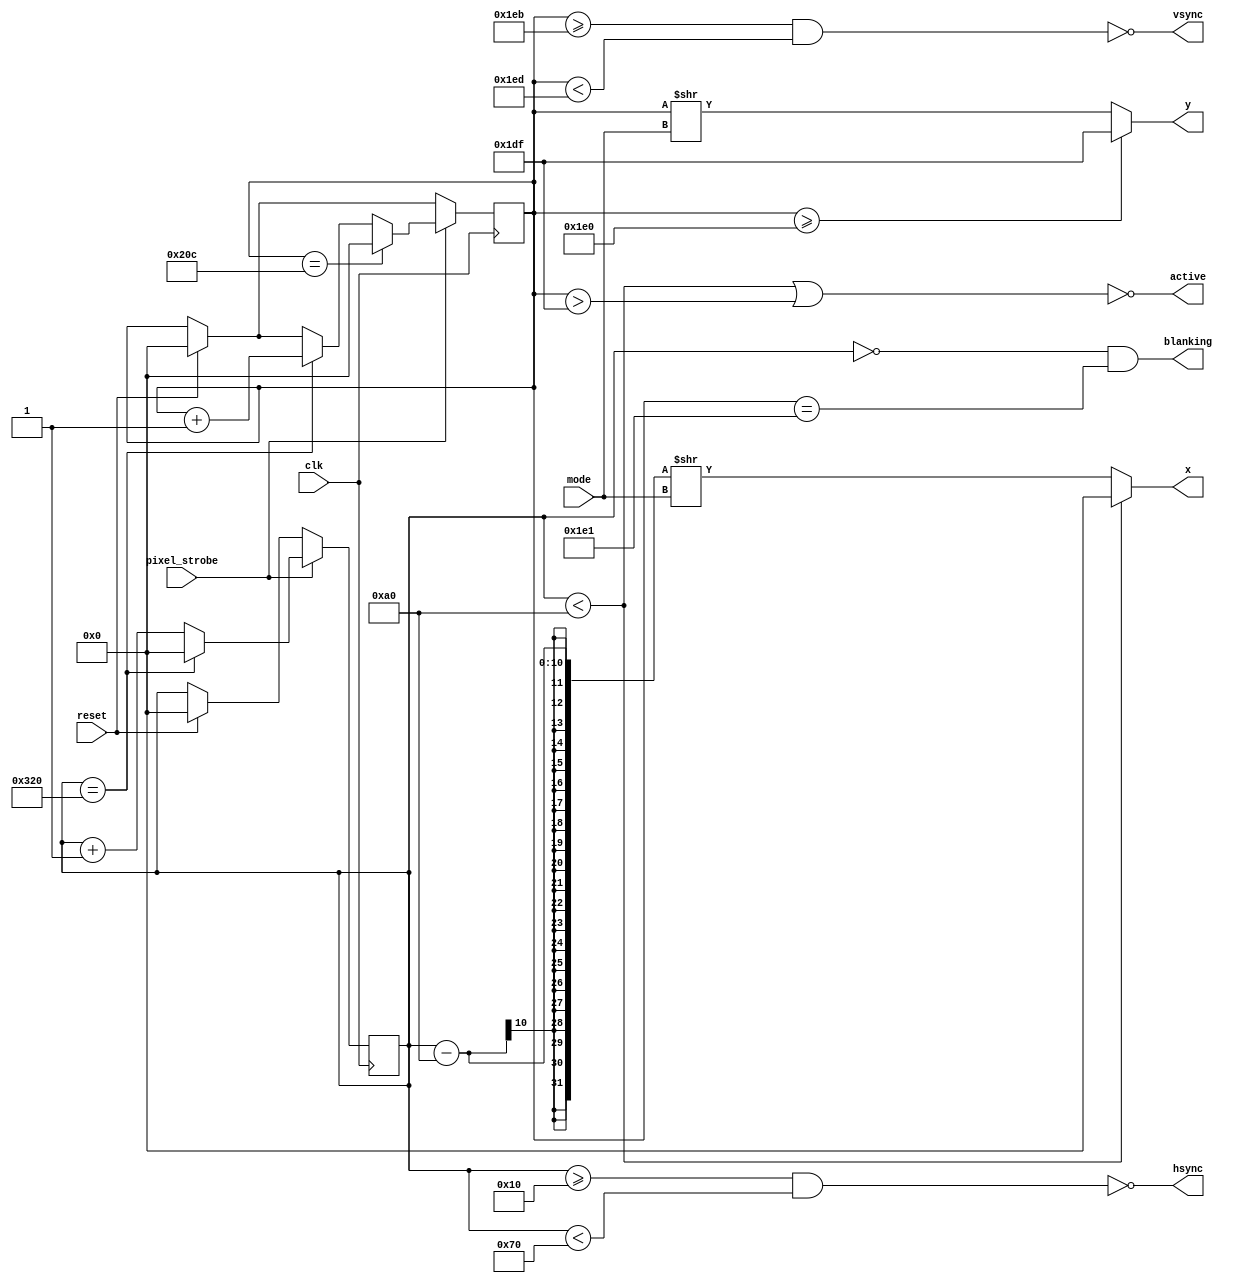
`timescale 1ns / 1ps

module vga_generator(
    input wire clk,
    input wire pixel_strobe,
    input wire reset,
    input wire mode,
    output wire hsync,
    output wire vsync,
    output wire blanking,
    output wire active,
//    output wire screenend,
//    output wire animate,
    output wire [9:0] x,
    output wire [8:0] y
    );

	// Define Parameters
	localparam HSYNC_START = 16;
	localparam HSYNC_END = 16 + 96;
	localparam HSYNC_ACTIVE = 16 + 96 + 48;

	localparam VSYNC_START = 480 + 11;
	localparam VSYNC_END = 480 + 11 + 2;
	localparam VSYNC_ACTIVE = 480;

	localparam LINE = 800;
	localparam SCREEN = 524;

	// Register to Store Position on Screen
	reg [9:0] h_count;
	reg [9:0] v_count;

	// Generate the Sync Signals
	assign hsync = ~((h_count >= HSYNC_START) & (h_count < HSYNC_END));
	assign vsync = ~((v_count >= VSYNC_START) & (v_count < VSYNC_END));

	// Keep x and y Within the Screen Limits
	assign x = (h_count < HSYNC_ACTIVE) ? 0 : (h_count - HSYNC_ACTIVE) >> mode;
	assign y = (v_count >= VSYNC_ACTIVE) ? (VSYNC_ACTIVE - 1): (v_count) >> mode;

	// Keep Blanking High Within the Blanking Period
    //	assign blanking = ((h_count < HSYNC_ACTIVE) | (v_count > VSYNC_ACTIVE - 1));
    
    // Set Blank High for one tick at start of blanking period
    assign blanking = ((h_count == 0) & (v_count == VSYNC_ACTIVE + 1));

	// Keep Active High Within the Active Period
	assign active = ~((h_count < HSYNC_ACTIVE) | (v_count > VSYNC_ACTIVE - 1));

	// Set Screenend High for One Tick at the End of the Screen
	assign screenend = ((v_count == SCREEN - 1) & (h_count == LINE));

	// Set Animate High for One Tick at the End of the Final Pixel Line
	assign animate = ((v_count == VSYNC_ACTIVE - 1) & (h_count == LINE));

    initial begin
    	h_count = 0;
        v_count = 0;
    end

	//Draw Pixels
	always @ (posedge clk) begin
	   $display("hcount = %d", h_count);
	   $display("vcount = %d", v_count);
	   
		if (reset) begin
			h_count <= 0;
			v_count <= 0;
		end
		if (pixel_strobe) begin
			if (h_count == LINE) begin
				h_count <= 0;
				v_count <= v_count + 1;
			end
			else begin
				h_count <= h_count + 1;
			end
			if (v_count == SCREEN) begin
				v_count <= 0;
			end
		end
	end
endmodule